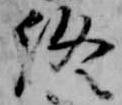
終